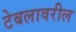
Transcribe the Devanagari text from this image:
टेबलावरील